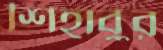
শিহাবুর